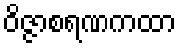
ဝိဇ္ဇာစရဏကထာ